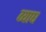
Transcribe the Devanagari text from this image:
व्याघ